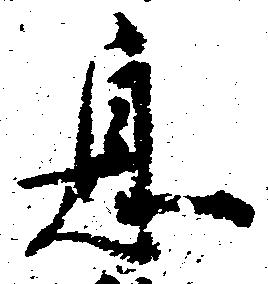
息